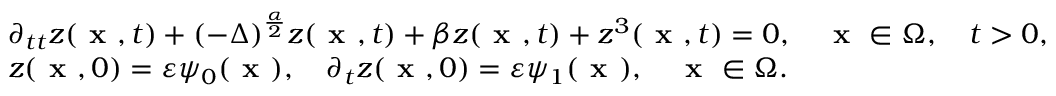
\begin{array} { r l } & { \partial _ { t t } z ( \textbf { x } , t ) + ( - \Delta ) ^ { \frac { \alpha } { 2 } } z ( \textbf { x } , t ) + \beta z ( \textbf { x } , t ) + z ^ { 3 } ( \textbf { x } , t ) = 0 , \quad \textbf { x } \in \Omega , \quad t > 0 , } \\ & { z ( \textbf { x } , 0 ) = \varepsilon \psi _ { 0 } ( \textbf { x } ) , \quad \partial _ { t } z ( \textbf { x } , 0 ) = \varepsilon \psi _ { 1 } ( \textbf { x } ) , \quad \textbf { x } \in \Omega . } \end{array}